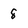
Character: 8